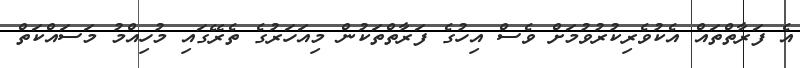
އެ ފަރާތްތައް އެކުވެރިކުރުވުމަށް ވެސް އިހުގެ ފަރާތްތަކުން މިއަހަރުގެ ތެރޭގައި މުހިއްމު މަސައްކަތް